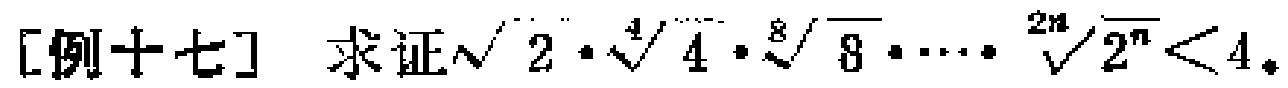
[例十七] 求证\(\sqrt{2} \cdot \sqrt[4]{4} \cdot \sqrt[8]{8} \cdot \cdots \cdot \sqrt[2^{n}]{2^{n}}<4\)。